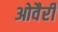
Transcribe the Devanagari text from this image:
ओवैरी